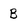
Character: B